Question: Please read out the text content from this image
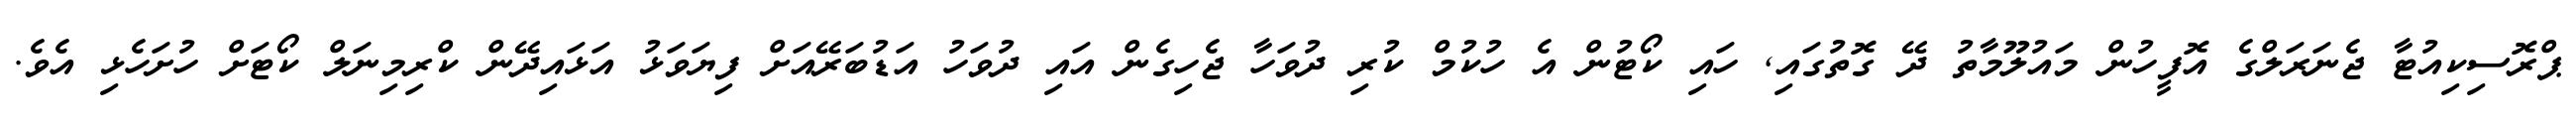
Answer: ޕްރޮސިކިއުޓާ ޖެނަރަލްގެ އޮފީހުން މައުލޫމާތު ދޭ ގޮތުގައި, ހައި ކޯޓުން އެ ހުކުމް ކުރި ދުވަހާ ޖެހިގެން އައި ދުވަހު އަޑުބަރޭއަށް ފިޔަވަޅު އަޅައިދޭން ކްރިމިނަލް ކޯޓަށް ހުށަހެޅި އެވެ.